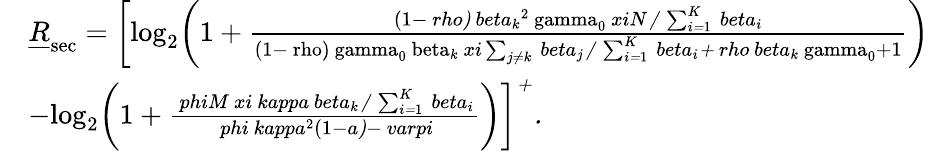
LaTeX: \begin{array}{r}{\begin{array}{rl}&{\underline{{R}}_{\mathrm{sec}}=\bigg[\mathrm{log_{2}\bigg(1+\frac{(1-\mit\ rho)\ beta_{k}\mathrm{^2\mathrm{\ gamma_{0}\mit\ xiN/\sum_{i=\mathrm{1}}\mit^{K}\ beta_{i}}}}{(1-\ rho)\ gamma_{0}\ beta\mit_{k}\mit\ xi\sum_{j\neq k}\ beta_{j}/\sum_{i=\mathrm{1}}\mit^{K}\ beta_{i}+\ rho\ beta\mit_{k}\mathrm{\ gamma_{0}+1}}\bigg)}}\\ &{-\mathrm{log_{2}\bigg(1+\mit\frac{\ phiM\ xi\ kappa\ beta_{k}/\sum_{i=\mathrm{1}}\mit^{K}\ beta_{i}}{\ phi\ kappa\mathrm{^2(1-\mit a)-\ varpi}}\bigg)\bigg]^{+}.}}\end{array}}\end{array}